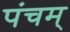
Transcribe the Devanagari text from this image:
पंचम्‌